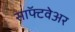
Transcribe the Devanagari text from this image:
साॅफ्टवेअर